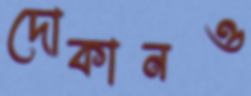
দোকানও